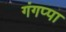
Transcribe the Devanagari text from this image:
गंगप्पा